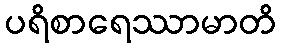
ပရိစာရေဿာမာတိ